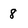
Character: 8